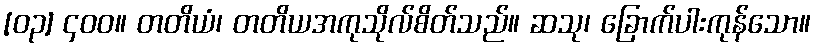
[၀၃] ၄၀၀။ တတိယံ၊ တတိယအကုသိုလ်စိတ်သည်။ ဆသု၊ ခြောက်ပါးကုန်သော။